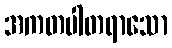
အကတပါတရာသော